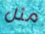
مثل